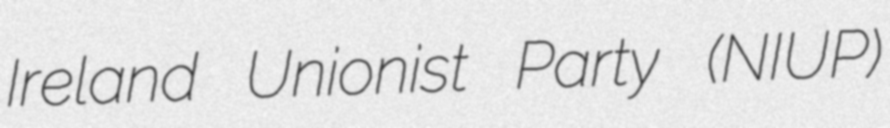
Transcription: Ireland Unionist Party (NIUP)